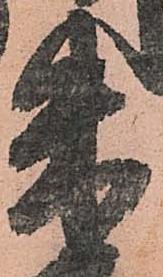
朱